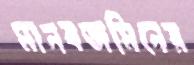
মানবজমিনের